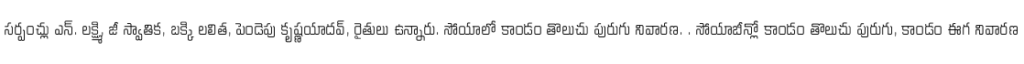
సర్పంచ్లు ఎన్. లక్ష్మి, జీ స్వాతిక, బక్కి లలిత, పెండెపు కృష్ణయాదవ్, రైతులు ఉన్నారు. సోయాలో కాండం తొలుచు పురుగు నివారణ. . సోయాబీన్లో కాండం తొలుచు పురుగు, కాండం ఈగ నివారణ